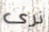
نرى